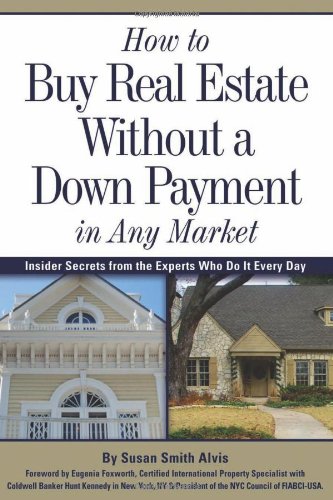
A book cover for How to Buy Real Estate Without a Down Payment in Any Market: Insider Secrets from the Experts Who Do It Every Day; Susan Smith Alvis; Business & Money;